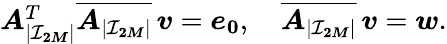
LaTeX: \begin{array}{r}{\boldsymbol A_{|\mathcal I_{\boldsymbol{2M}}|}^{T}\overline{{\boldsymbol A_{|\mathcal I_{\boldsymbol{2M}}|}}}\, \boldsymbol v=\boldsymbol e_{\boldsymbol 0},\quad\overline{{\boldsymbol A_{|\mathcal I_{\boldsymbol{2M}}|}}}\, \boldsymbol v=\boldsymbol w.}\end{array}